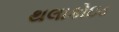
થલાકોઇડ